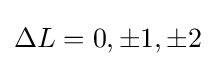
\Delta L=0,\pm 1,\pm 2